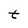
Character: t